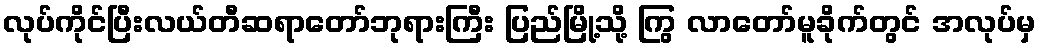
လုပ်ကိုင်ပြီးလယ်တီဆရာတော်ဘုရားကြီး ပြည်မြို့သို့ ကြွ လာတော်မူခိုက်တွင် အလုပ်မှ